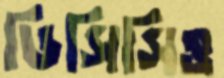
ডিসিসিও